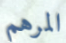
المرهم